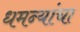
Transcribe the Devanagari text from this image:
धमन्यांचा